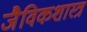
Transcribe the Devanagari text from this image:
जैविकशास्त्र